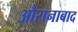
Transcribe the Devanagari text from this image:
औरानाबाद